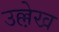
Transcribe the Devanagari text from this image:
उल्ले़ख